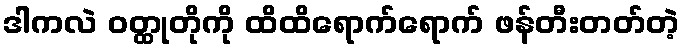
ဒါကလဲ ဝတ္ထုတိုကို ထိထိရောက်ရောက် ဖန်တီးတတ်တဲ့